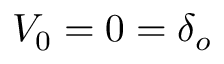
V _ { 0 } = 0 = \delta _ { o }